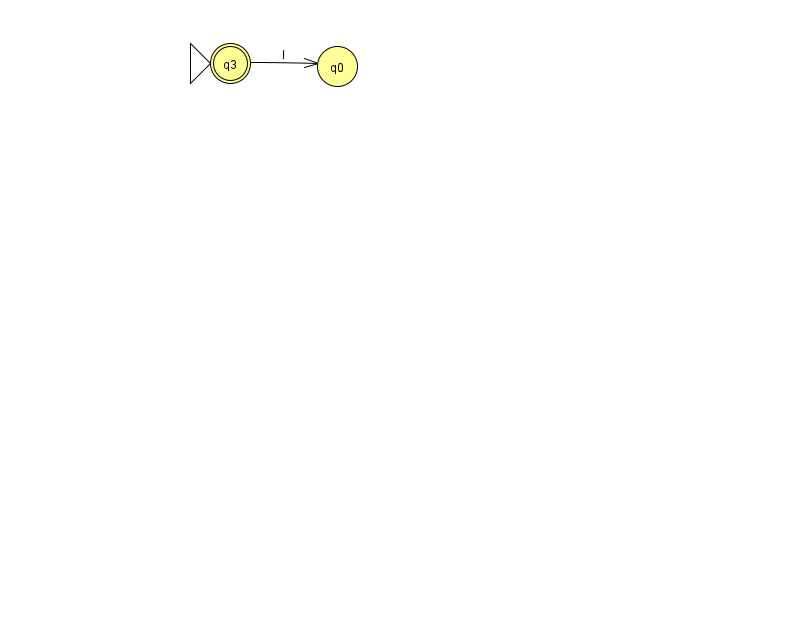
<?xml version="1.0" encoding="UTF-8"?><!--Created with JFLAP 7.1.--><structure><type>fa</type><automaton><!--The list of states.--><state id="0" name="q0"><x>337.0</x><y>53.0</y></state><state id="3" name="q3"><x>230.0</x><y>50.0</y><initial/><final/></state><!--The list of transitions.--><transition><from>3</from><to>0</to><read>l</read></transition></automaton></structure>